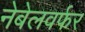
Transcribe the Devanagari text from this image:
नेबेलवर्फर